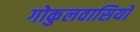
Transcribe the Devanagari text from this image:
गोकुलवासियों